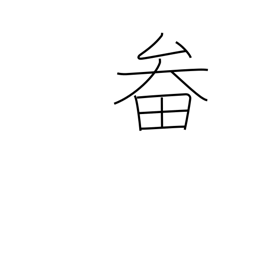
Meaning: basket